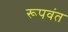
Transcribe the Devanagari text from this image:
रूपवंत